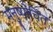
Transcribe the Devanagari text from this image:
मनुष्योचित